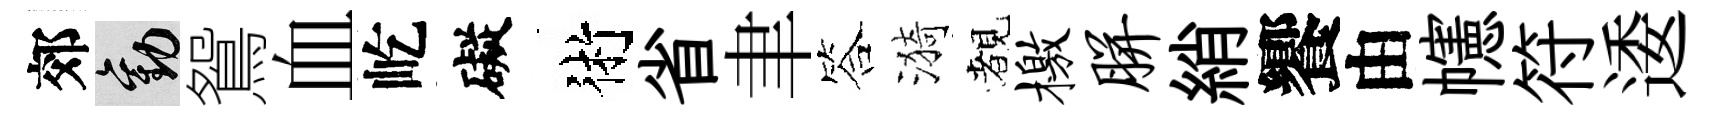
郊勸鴛血屹礙術省聿答漪覩檄胼綃饗由幰符逶